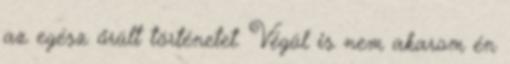
az egész őrült történetet. Végül is nem akarom én